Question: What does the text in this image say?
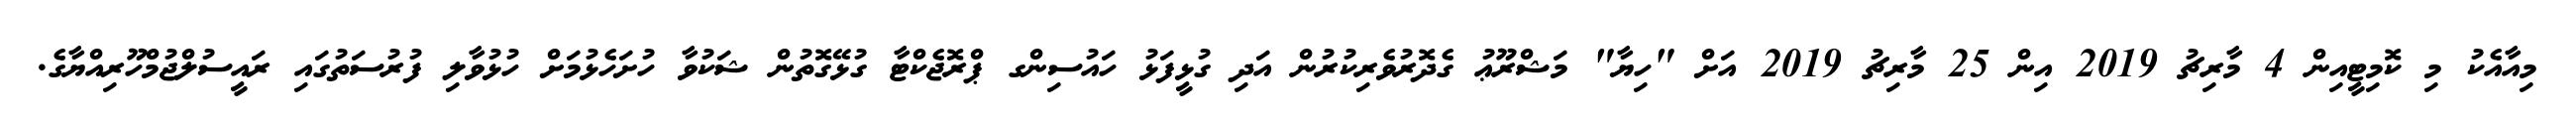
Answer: މިއާއެކު މި ކޮމިޓީއިން 4 މާރިޗު 2019 އިން 25 މާރިޗު 2019 އަށް "ހިޔާ" މަޝްރޫޢު ގެދޮރުވެރިކުރުން އަދި ގުޅީފަޅު ހައުސިންގ ޕްރޮޖެކްޓާ ގުޅޭގޮތުން ޝަކުވާ ހުށަހެޅުމަށް ހުޅުވާލި ފުރުސަތުގައި ރައީސުލްޖުމްހޫރިއްޔާގެ.